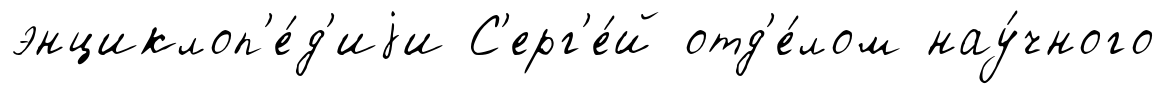
энциклоп'е́д'иjи С'ерг'е́й отд'е́лом нау́чного